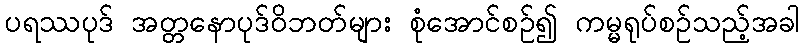
ပရဿပုဒ် အတ္တနောပုဒ်ဝိဘတ်များ စုံအောင်စဉ်၍ ကမ္မရုပ်စဉ်သည့်အခါ